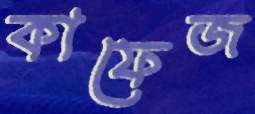
কাফেজ